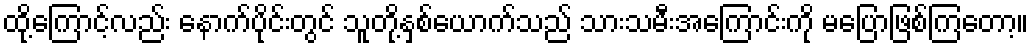
ထို့ကြောင့်လည်း နောက်ပိုင်းတွင် သူတို့နှစ်ယောက်သည် သားသမီးအကြောင်းကို မပြောဖြစ်ကြတော့။